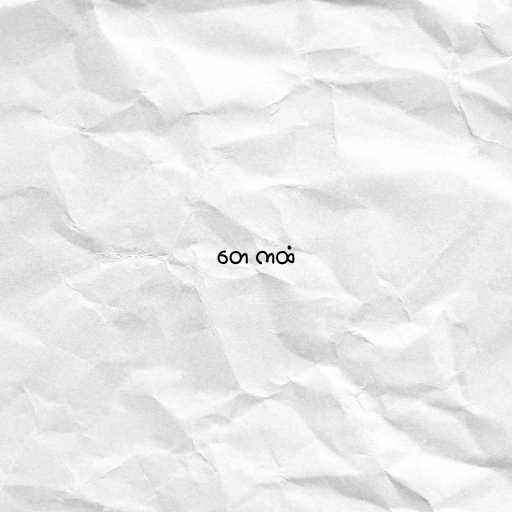
တေ ကထံ